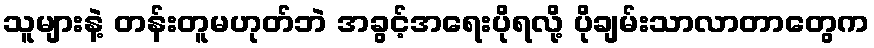
သူများနဲ့ တန်းတူမဟုတ်ဘဲ အခွင့်အရေးပိုရလို့ ပိုချမ်းသာလာတာတွေက